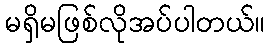
မရှိမဖြစ်လိုအပ်ပါတယ်။